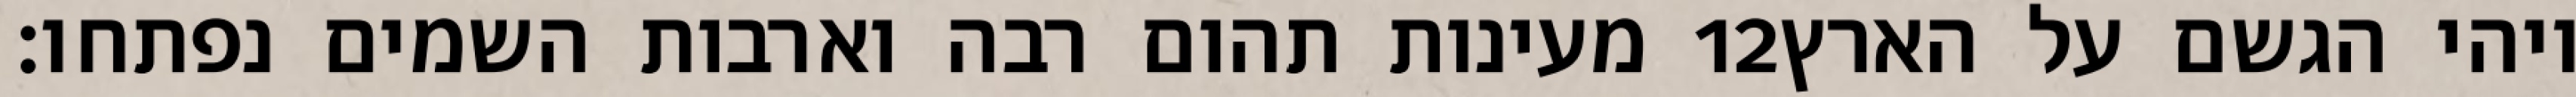
מעינות תהום רבה וארבות השמים נפתחו׃ ‎12‏ ויהי הגשם על הארץ